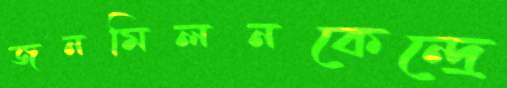
জনমিলনকেন্দ্রে